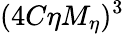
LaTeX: (4C\eta M_{\eta})^{3}